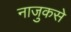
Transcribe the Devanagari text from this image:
नाजुकसे